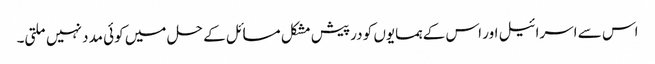
اس سے اسرائیل اور اس کے ہمسایوں کو درپیش مشکل مسائل کے حل میں کوئی مدد نہیں ملتی۔